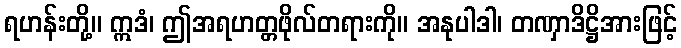
ရဟန်းတို့။ ဣဒံ၊ ဤအရဟတ္တဖိုလ်တရားကို။ အနုပါဒါ၊ တဏှာဒိဋ္ဌိအားဖြင့်